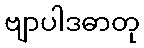
ဗျာပါဒဓာတု